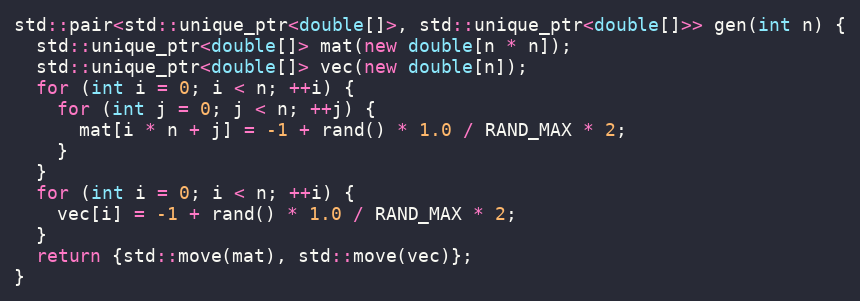
Language: C++
std::pair<std::unique_ptr<double[]>, std::unique_ptr<double[]>> gen(int n) {
  std::unique_ptr<double[]> mat(new double[n * n]);
  std::unique_ptr<double[]> vec(new double[n]);
  for (int i = 0; i < n; ++i) {
    for (int j = 0; j < n; ++j) {
      mat[i * n + j] = -1 + rand() * 1.0 / RAND_MAX * 2;
    }
  }
  for (int i = 0; i < n; ++i) {
    vec[i] = -1 + rand() * 1.0 / RAND_MAX * 2;
  }
  return {std::move(mat), std::move(vec)};
}